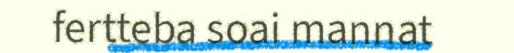
fertteba soai mannat